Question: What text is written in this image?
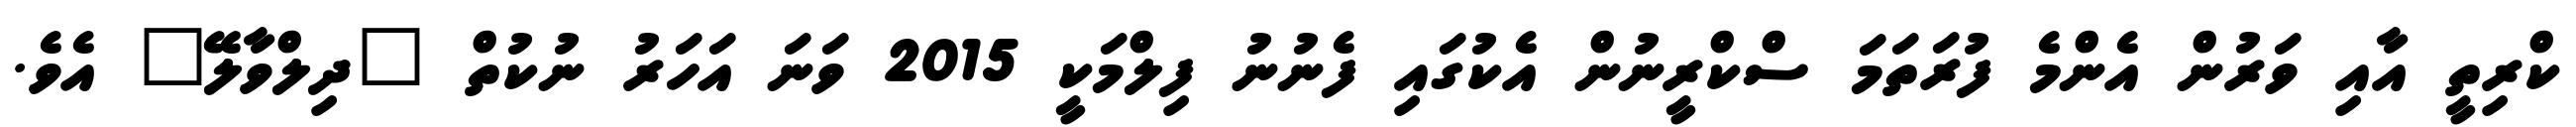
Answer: ކްރިތީ އާއި ވަރުން އެންމެ ފުރަތަމަ ސްކްރީނުން އެކުގައި ފެނުނު ފިލްމަކީ 2015 ވަނަ އަހަރު ނުކުތް "ދިލްވާލޭ" އެވެ.